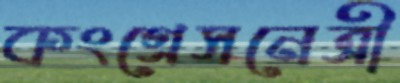
কংগ্রেসনেত্রী